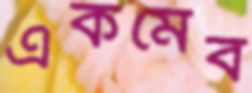
একমেব